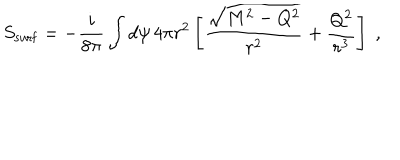
S _ { \mathrm { s u r f } } = - { \frac { i } { 8 \pi } } \int d \psi \, 4 \pi r ^ { 2 } \left[ { \frac { \sqrt { M ^ { 2 } - Q ^ { 2 } } } { r ^ { 2 } } } + { \frac { Q ^ { 2 } } { r ^ { 3 } } } \right] \; ,